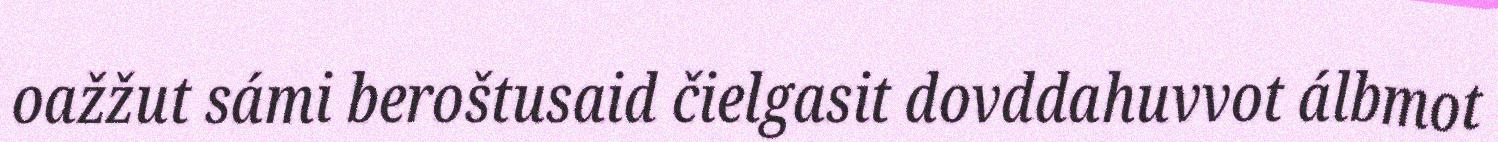
oažžut sámi beroštusaid čielgasit dovddahuvvot álbmot